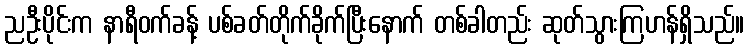
ညဦးပိုင်းက နာရီဝက်ခန့် ပစ်ခတ်တိုက်ခိုက်ပြီးနောက် တစ်ခါတည်း ဆုတ်သွားကြဟန်ရှိသည်။